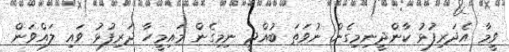
ވީމާ އެދަރިފުޅު ކާންދީނިމިގެން ނުވަތަ ބުއްދީ ނިމިގެން މައިމީހާ ދަރިފުޅު ވައި ލައްވަން